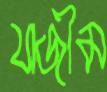
যাজীম